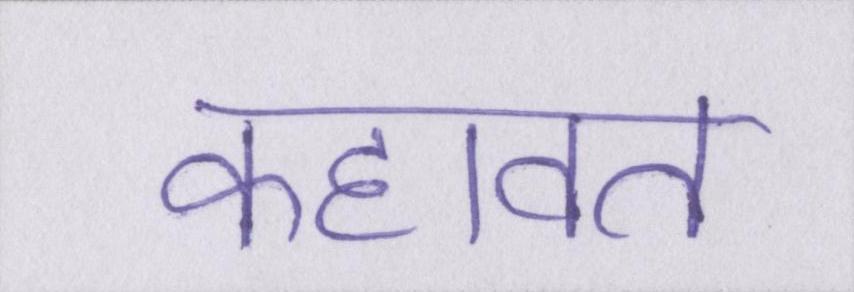
कहावत